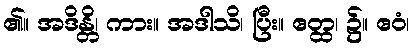
၏။ အဒိန္တိ၊ ကား။ အဒါသိ၊ ပြီး။ ဧတ္ထ၊ ၌။ ဧဝံ၊